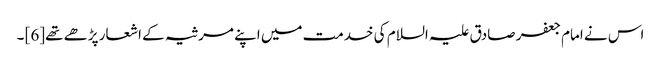
اس نے امام جعفر صادق علیہ السلام کی خدمت میں اپنے مرثیہ کے اشعار پڑھے تھے[6] ۔